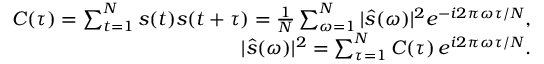
\begin{array} { r l r } & { } & { C ( \tau ) = \sum _ { t = 1 } ^ { N } s ( t ) s ( t + \tau ) = \frac { 1 } { N } \sum _ { \omega = 1 } ^ { N } | \hat { s } ( \omega ) | ^ { 2 } e ^ { - i 2 \pi \omega \tau / N } , } \\ & { } & { | \hat { s } ( \omega ) | ^ { 2 } = \sum _ { \tau = 1 } ^ { N } C ( \tau ) \, e ^ { i 2 \pi \omega \tau / N } . } \end{array}